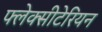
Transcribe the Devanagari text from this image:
फ्लेक्सीटेरियन